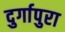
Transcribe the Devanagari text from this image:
दुर्गापुरा